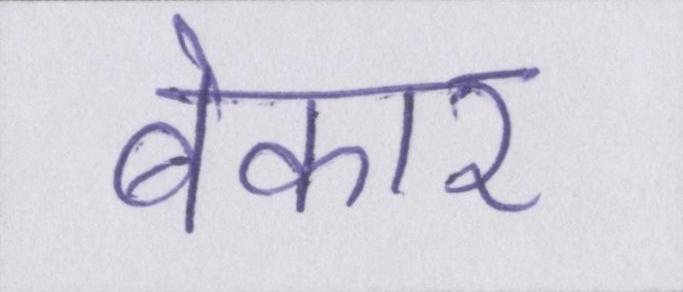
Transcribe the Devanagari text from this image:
बेकार